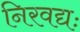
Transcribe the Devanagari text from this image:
निरवद्यः